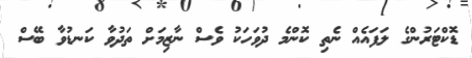
ޑޮކްޓަރުންގެ ލަފައެއް ނެތި ކޮންމެ ދުވަހަކު ވެސް ނާޒިމަށް ތަދުވާ ކަނޑުވާ ބޭސް